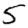
Digit: 5